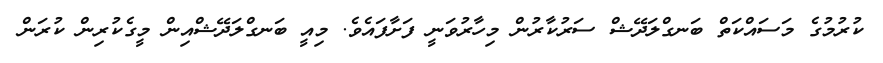
ކުރުމުގެ މަސައްކަތް ބަނގްލަދޭޝް ސަރުކާރުން މިހާރުވަނީ ފަށާފައެވެ. މިއީ ބަނގްލަދޭޝްއިން މީގެކުރިން ކުރަން